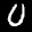
Label: 0